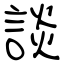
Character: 談